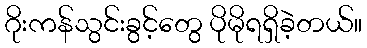
ဂိုးကန်သွင်းခွင့်တွေ ပိုမိုရရှိခဲ့တယ်။